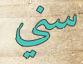
سني